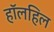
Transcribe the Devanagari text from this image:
हॉलहिल